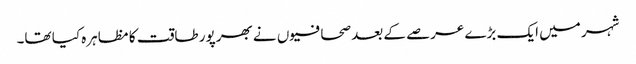
شہر میں ایک بڑے عرصے کے بعد صحافیوں نے بھرپور طاقت کا مظاہرہ کیا تھا۔